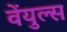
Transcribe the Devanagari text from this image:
वेंयुल्स